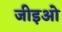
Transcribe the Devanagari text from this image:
जीइओ